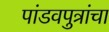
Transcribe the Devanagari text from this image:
पांडवपुत्रांचा